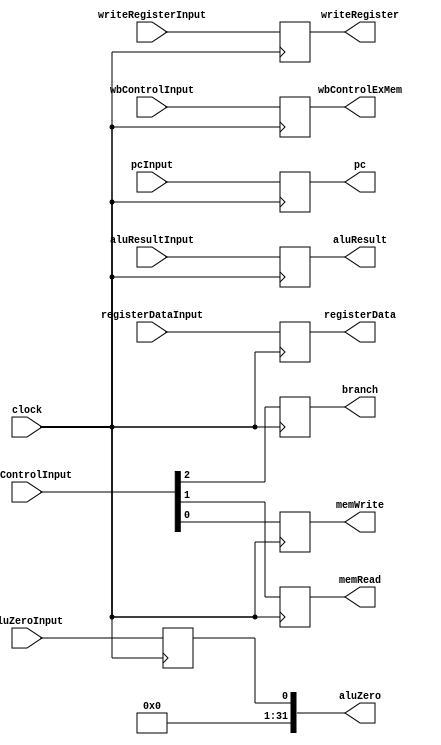
module exMem(
  input wire clock,

  // Inputs
  // MEM
  input wire [2:0] memControlInput,

  // WB
  input wire [1:0] wbControlInput,

  // EX_MEM
  input wire [31:0] aluResultInput,
  input wire aluZeroInput,
  input wire [31:0] pcInput,
  input wire [31:0] registerDataInput,
  input wire [4:0] writeRegisterInput,


  // Outputs
  // MEM
  output reg branch,
  output reg memRead,
  output reg memWrite,

  // WB
  output reg [1:0] wbControlExMem,

  // EX_MEM
  output reg [31:0] aluResult,
  output reg [31:0] aluZero,
  output reg [31:0] pc,
  output reg [31:0] registerData,
  output reg [4:0] writeRegister
);

  initial begin
    // MEM
    branch <= 0;
    memRead <= 0;
    memWrite <= 0;

    // WB
    wbControlExMem <= 0;

    // EX_MEM
    aluResult <= 0;
    aluZero <= 0;
    pc <= 0;
    registerData <= 0;
    writeRegister <= 0;
  end

  always @(posedge clock) begin
    // MEM
    branch <= memControlInput[2];
    memRead <= memControlInput[1];
    memWrite <= memControlInput[0];

    // WB
    wbControlExMem <= wbControlInput;

    // EX_MEM
    aluResult <= aluResultInput;
    aluZero <= aluZeroInput;
    pc <= pcInput;
    registerData <= registerDataInput;
    writeRegister <= writeRegisterInput;
  end


endmodule